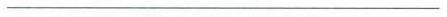
_____________________